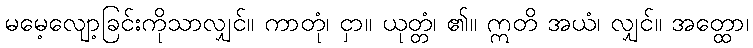
မမေ့လျော့ခြင်းကိုသာလျှင်။ ကာတုံ၊ ငှာ။ ယုတ္တံ၊ ၏။ ဣတိ အယံ၊ လျှင်။ အတ္ထော၊